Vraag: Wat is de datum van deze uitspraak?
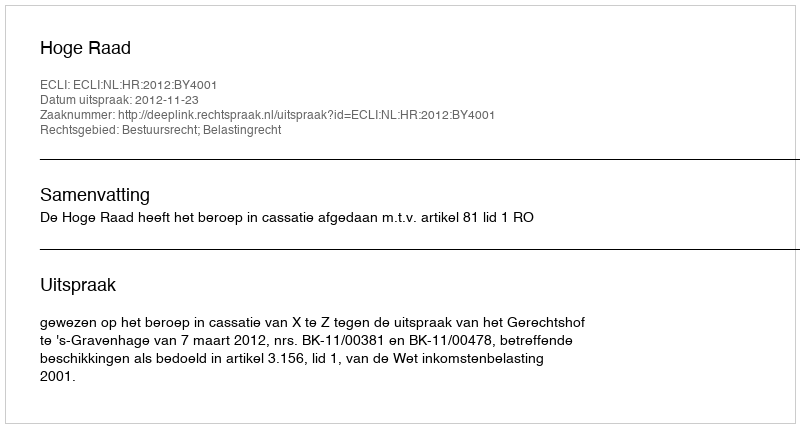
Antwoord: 2012-11-23